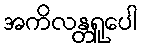
အကိလန္တရူပေါ